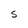
Character: t